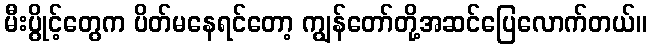
မီးပွိုင့်တွေက ပိတ်မနေရင်တော့ ကျွန်တော်တို့အဆင်ပြေလောက်တယ်။